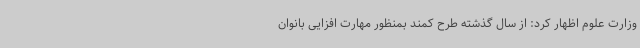
وزارت علوم اظهار کرد: از سال گذشته طرح کمند بمنظور مهارت افزایی بانوان